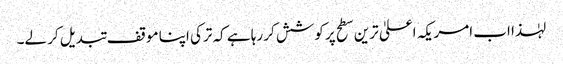
لہٰذا اب امریکہ اعلیٰ ترین سطح پر کوشش کر رہا ہے کہ ترکی اپنا موقف تبدیل کر لے۔